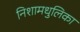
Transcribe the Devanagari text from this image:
निशामधुलिका